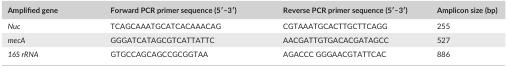
<table><thead><tr><td><b>Amplified gene</b></td><td><b>Forward PCR primer sequence (5′–3′)</b></td><td><b>Reverse PCR primer sequence (5′–3′)</b></td><td><b>Amplicon size (bp)</b></td></tr></thead><tbody><tr><td><i>Nuc</i></td><td>TCAGCAAATGCATCACAAACAG</td><td>CGTAAATGCACTTGCTTCAGG</td><td>255</td></tr><tr><td><i>mecA</i></td><td>GGGATCATAGCGTCATTATTC</td><td>AACGATTGTGACACGATAGCC</td><td>527</td></tr><tr><td><i>16S rRNA</i></td><td>GTGCCAGCAGCCGCGGTAA</td><td>AGACCC GGGAACGTATTCAC</td><td>886</td></tr></tbody></table>